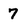
Character: 7